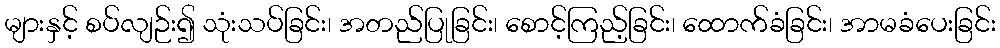
များနှင့် စပ်လျဉ်း၍ သုံးသပ်ခြင်း၊ အတည်ပြုခြင်း၊ စောင့်ကြည့်ခြင်း၊ ထောက်ခံခြင်း၊ အာမခံပေးခြင်း